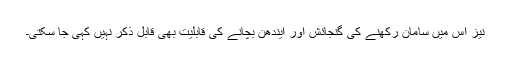
نیز اس میں سامان رکھنے کی گنجائش اور ایندھن بچانے کی قابلیت بھی قابل ذکر نہیں کہی جا سکتی۔